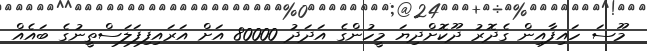
މޫސަ ހައިފާއިން ގެދޮރު ދޫކޮށްދިޔަ މީހުންގެ އަދަދު 80000 އަށް އަރައިފިފަލަސްތީނުގެ ބައެއް